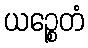
ယဉ္စေတံ